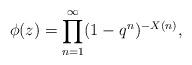
LaTeX: \begin{align*}\phi(z)=\prod^{\infty}_{n=1}(1-q^n)^{-X(n)},\end{align*}